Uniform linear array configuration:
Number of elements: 4
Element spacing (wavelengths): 0.25
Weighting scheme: kaiser
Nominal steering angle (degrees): -30
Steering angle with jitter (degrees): -29.404
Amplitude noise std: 0.05
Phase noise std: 0.05

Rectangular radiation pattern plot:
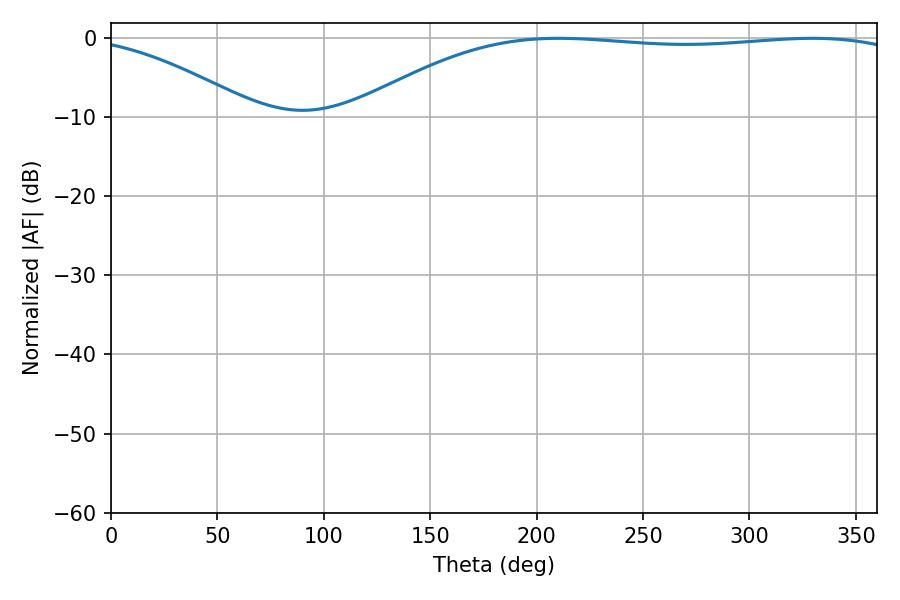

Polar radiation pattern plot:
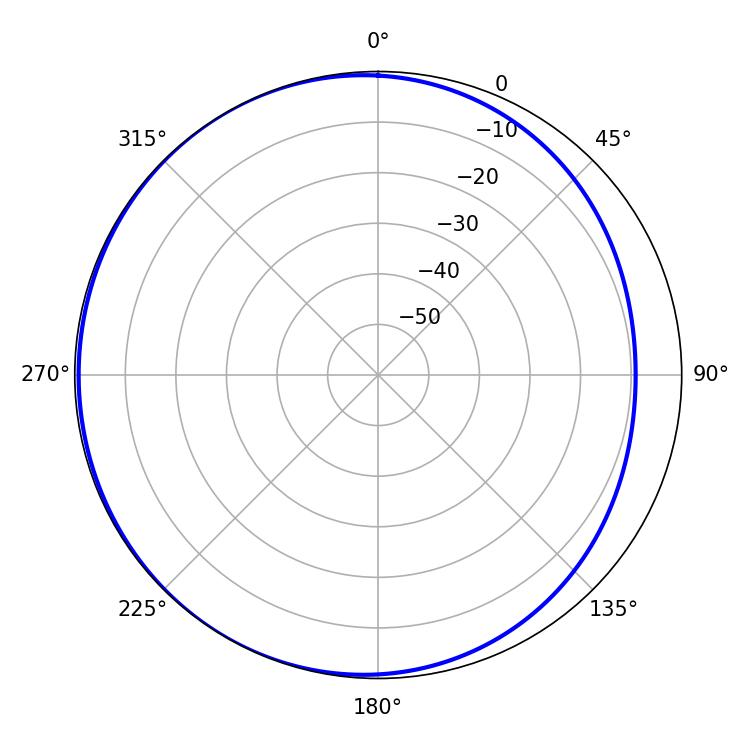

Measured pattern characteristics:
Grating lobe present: FALSE
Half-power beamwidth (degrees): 206.28
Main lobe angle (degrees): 210.42